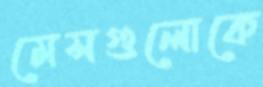
মেসগুলোকে